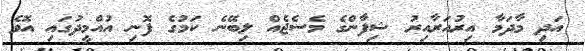
އަދި މާދަމާ އިރުއަރާއިރު ޝިފާންގެ މެސެޖެއް ލިބޭނެ ކަމުގެ ފޮނި އުއްމީދުގައި އޮވެ